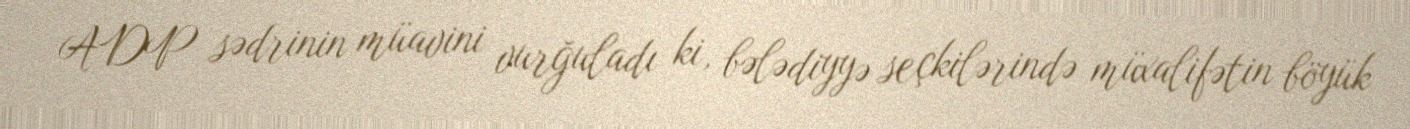
ADP sədrinin müavini vurğuladı ki, bələdiyyə seçkilərində müxalifətin böyük